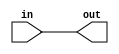

// test_simulation_techmap_buf_test.v
module f1_test(input in, output out);
assign out = in;
endmodule

// test_simulation_techmap_inv_test.v
module f2_test(input in, output out);
assign out = ~in;
endmodule

// test_simulation_techmap_mux_0_test.v
module f3_test(input [1:0] in, input select, output reg out);

always @( in or select)
    case (select)
	    0: out = in[0];
	    1: out = in[1];
	endcase
endmodule	

// test_simulation_techmap_mux_128_test.v
module f4_test(input [127:0] in, input [6:0] select, output reg out);

always @( in or select)
    case (select)
	    0: out = in[0];
	    1: out = in[1];
	    2: out = in[2];
	    3: out = in[3];
	    4: out = in[4];
	    5: out = in[5];
	    6: out = in[6];
	    7: out = in[7];
	    8: out = in[8];
	    9: out = in[9];
	    10: out = in[10];
	    11: out = in[11];
	    12: out = in[12];
	    13: out = in[13];
	    14: out = in[14];
	    15: out = in[15];
	    16: out = in[16];
	    17: out = in[17];
	    18: out = in[18];
	    19: out = in[19];
	    20: out = in[20];
	    21: out = in[21];
	    22: out = in[22];
	    23: out = in[23];
	    24: out = in[24];
	    25: out = in[25];
	    26: out = in[26];
	    27: out = in[27];
	    28: out = in[28];
	    29: out = in[29];
	    30: out = in[30];
	    31: out = in[31];
	    32: out = in[32];
	    33: out = in[33];
	    34: out = in[34];
	    35: out = in[35];
	    36: out = in[36];
	    37: out = in[37];
	    38: out = in[38];
	    39: out = in[39];
	    40: out = in[40];
	    41: out = in[41];
	    42: out = in[42];
	    43: out = in[43];
	    44: out = in[44];
	    45: out = in[45];
	    46: out = in[46];
	    47: out = in[47];
	    48: out = in[48];
	    49: out = in[49];
	    50: out = in[50];
	    51: out = in[51];
	    52: out = in[52];
	    53: out = in[53];
	    54: out = in[54];
	    55: out = in[55];
	    56: out = in[56];
	    57: out = in[57];
	    58: out = in[58];
	    59: out = in[59];
	    60: out = in[60];
	    61: out = in[61];
	    62: out = in[62];
	    63: out = in[63];
	    64: out = in[64];
	    65: out = in[65];
	    66: out = in[66];
	    67: out = in[67];
	    68: out = in[68];
	    69: out = in[69];
	    70: out = in[70];
	    71: out = in[71];
	    72: out = in[72];
	    73: out = in[73];
	    74: out = in[74];
	    75: out = in[75];
	    76: out = in[76];
	    77: out = in[77];
	    78: out = in[78];
	    79: out = in[79];
	    80: out = in[80];
	    81: out = in[81];
	    82: out = in[82];
	    83: out = in[83];
	    84: out = in[84];
	    85: out = in[85];
	    86: out = in[86];
	    87: out = in[87];
	    88: out = in[88];
	    89: out = in[89];
	    90: out = in[90];
	    91: out = in[91];
	    92: out = in[92];
	    93: out = in[93];
	    94: out = in[94];
	    95: out = in[95];
	    96: out = in[96];
	    97: out = in[97];
	    98: out = in[98];
	    99: out = in[99];
	    100: out = in[100];
	    101: out = in[101];
	    102: out = in[102];
	    103: out = in[103];
	    104: out = in[104];
	    105: out = in[105];
	    106: out = in[106];
	    107: out = in[107];
	    108: out = in[108];
	    109: out = in[109];
	    110: out = in[110];
	    111: out = in[111];
	    112: out = in[112];
	    113: out = in[113];
	    114: out = in[114];
	    115: out = in[115];
	    116: out = in[116];
	    117: out = in[117];
	    118: out = in[118];
	    119: out = in[119];
	    120: out = in[120];
	    121: out = in[121];
	    122: out = in[122];
	    123: out = in[123];
	    124: out = in[124];
	    125: out = in[125];
	    126: out = in[126];
	    127: out = in[127];
	endcase
endmodule

// test_simulation_techmap_mux_8_test.v
module f5_test(input [7:0] in, input [2:0] select, output reg out);

always @( in or select)
    case (select)
	    0: out = in[0];
	    1: out = in[1];
	    2: out = in[2];
	    3: out = in[3];
	    4: out = in[4];
	    5: out = in[5];
	    6: out = in[6];
	    7: out = in[7];
	endcase
endmodule